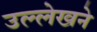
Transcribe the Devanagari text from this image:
उल्लेखने